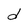
Character: d